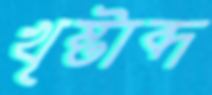
খৃষ্টাব্দ